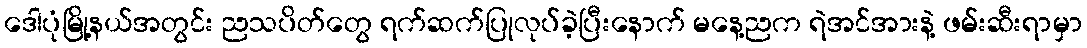
ဒေါပုံမြို့နယ်အတွင်း ညသပိတ်တွေ ရက်ဆက်ပြုလုပ်ခဲ့ပြီးနောက် မနေ့ညက ရဲအင်အားနဲ့ ဖမ်းဆီးရာမှာ